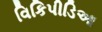
વિકિપીડિઆ